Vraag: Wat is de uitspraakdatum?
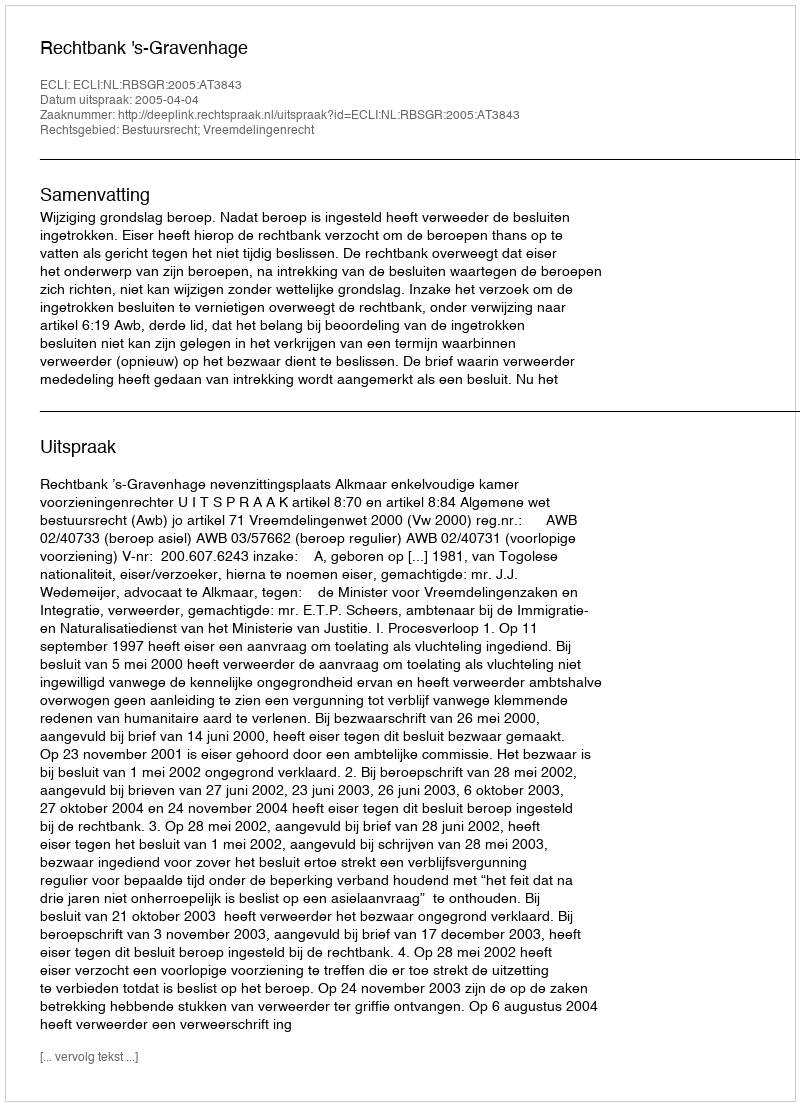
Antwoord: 2005-04-04